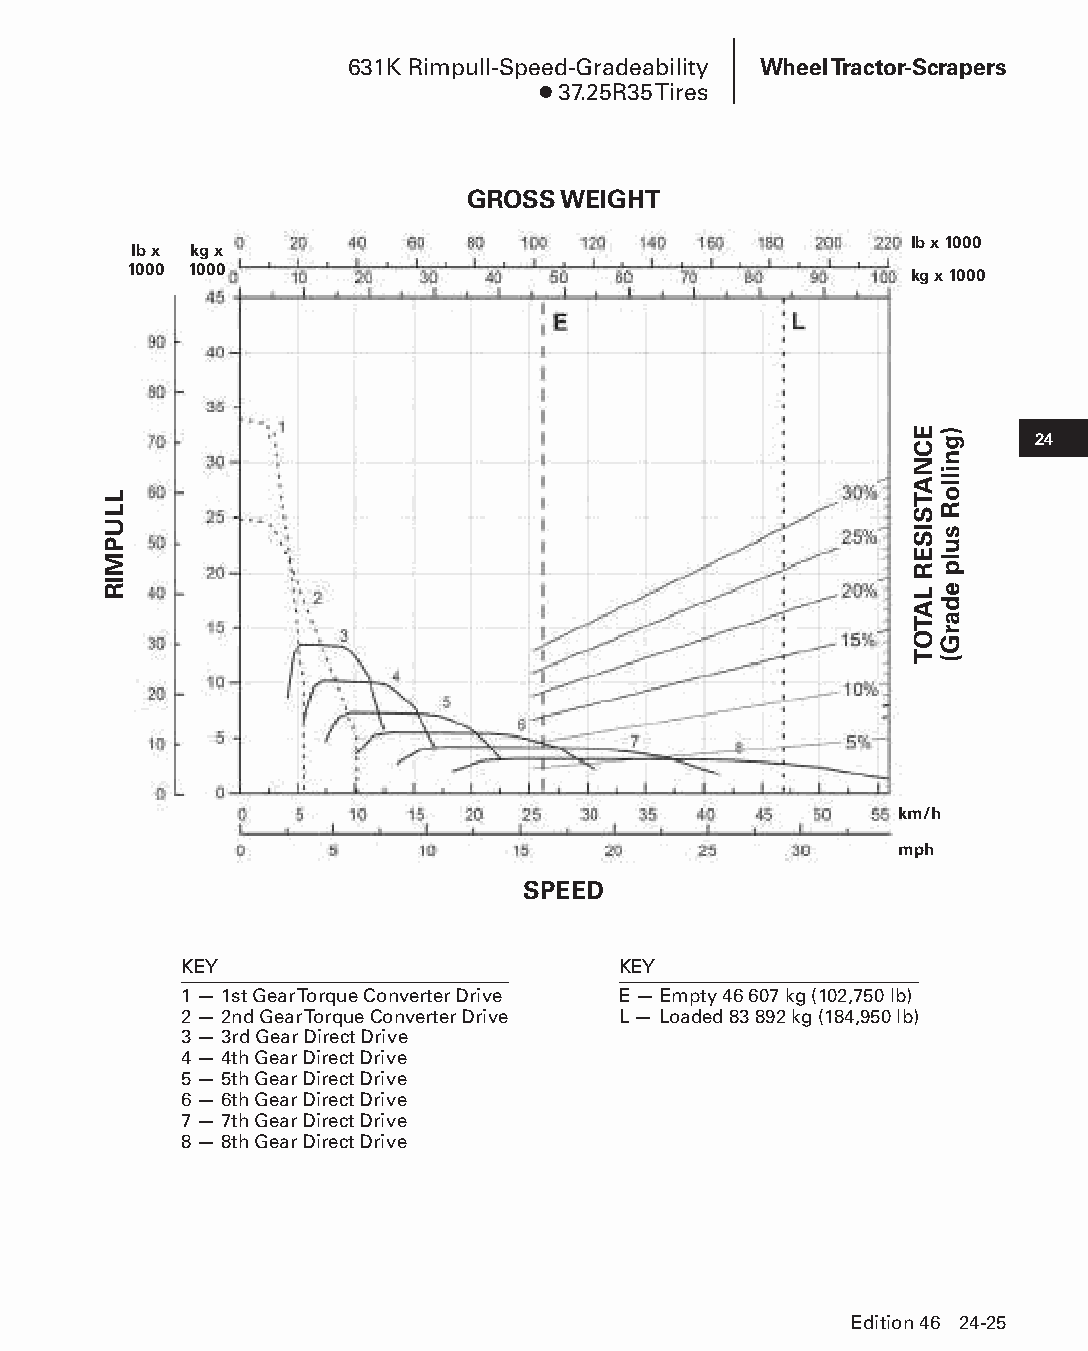
631K Rimpull-Speed-Gradeability Wheel Tractor-Scrapers
 ● 37.25R35 Tires
 GROSS WEIGHT
 lb x 1000
 lb x kg x
 1000 1000
 kg x 1000
 24
 km/h
 mph
 SPEED
 KEY                          KEY
 1 — 1st Gear Torque Converter Drive E — Empty 46 607 kg (102,750 lb)
 2 — 2nd Gear Torque Converter Drive L — Loaded 83 892 kg (184,950 lb)
 3 — 3rd Gear Direct Drive
 4 — 4th Gear Direct Drive
 5 — 5th Gear Direct Drive
 6 — 6th Gear Direct Drive
 7 — 7th Gear Direct Drive
 8 — 8th Gear Direct Drive
 Edition 46 24-25
 PPHHBB--SSeecc2244--1166..iinndddd 2255                        1122//44//1155 1111::1155 AAMM
 LLUPMIR
 ECNATSISER
 LATOT
 )gnilloR
 sulp
 edarG(